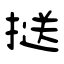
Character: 𢱤